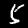
Label: 5